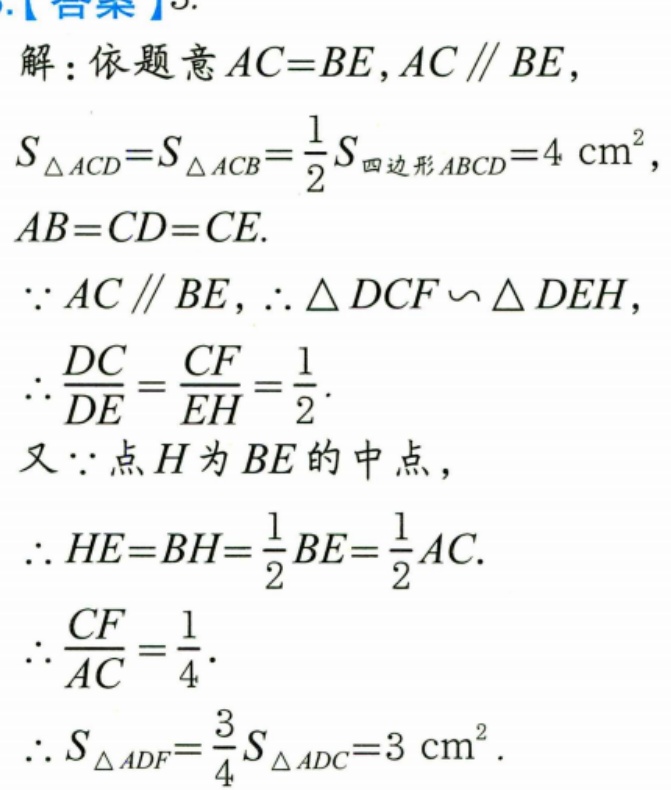
解：依题意 \(AC = BE\), \(AC\parallel BE\),
\(S_{\triangle ACD}=S_{\triangle ACB}=\frac{1}{2}S_{四边形ABCD}=4\mathrm{cm}^{2}\),
\(AB = CD = CE\).
\(\because AC\parallel BE\), \(\therefore\triangle DCF\sim\triangle DEH\),
\(\therefore\frac{DC}{DE}=\frac{CF}{EH}=\frac{1}{2}\).
又\(\because\)点\(H\)为\(BE\)的中点，
\(\therefore HE = BH=\frac{1}{2}BE=\frac{1}{2}AC\).
\(\therefore\frac{CF}{AC}=\frac{1}{4}\).
\(\therefore S_{\triangle ADF}=\frac{3}{4}S_{\triangle ADC}=3\mathrm{cm}^{2}\).